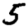
Digit: 5